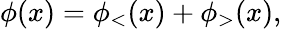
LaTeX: \phi(x)=\phi_{<}(x)+\phi_{>}(x),